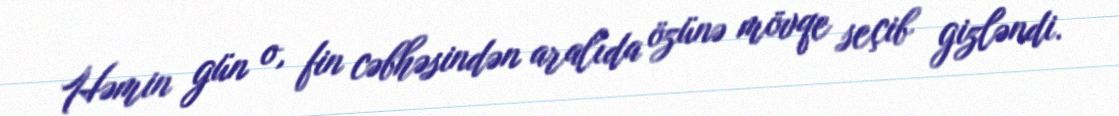
Həmin gün o, fin cəbhəsindən aralıda özünə mövqe seçib gizləndi.